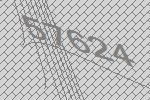
57624